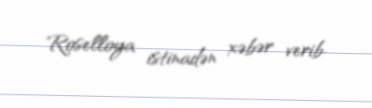
Roselloya istinadən xəbər verib.